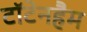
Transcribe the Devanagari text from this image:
टॉटेनहैम